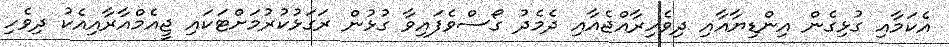
އެކަމާއި ގުޅިގެން އިންޑިޔާއާއި ދިވެހިރާއްޖެއާއި ދެމެދު ގޯސްވެފައިވާ ގުޅުން ރަގަޅުކުރުމަށްޓަކައި ޖީއެމްއާރާއިއެކު ދިވެހި